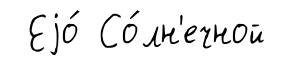
Еjо́ Со́лн'ечной